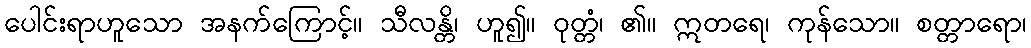
ပေါင်းရာဟူသော အနက်ကြောင့်။ သီလန္တိ၊ ဟူ၍။ ဝုတ္တံ၊ ၏။ ဣတရေ၊ ကုန်သော။ စတ္တာရော၊